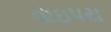
વાઇપરા